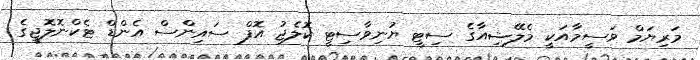
މަރިޔަމް ވަސީމާއަކީ މެލޭޝިއާގެ ސިޓީ ޔުނިވާސިޓީ ކޮލެޖު އޮފް ސައިންސް އެންޑް ޓެކްނޮލޮޖީގެ